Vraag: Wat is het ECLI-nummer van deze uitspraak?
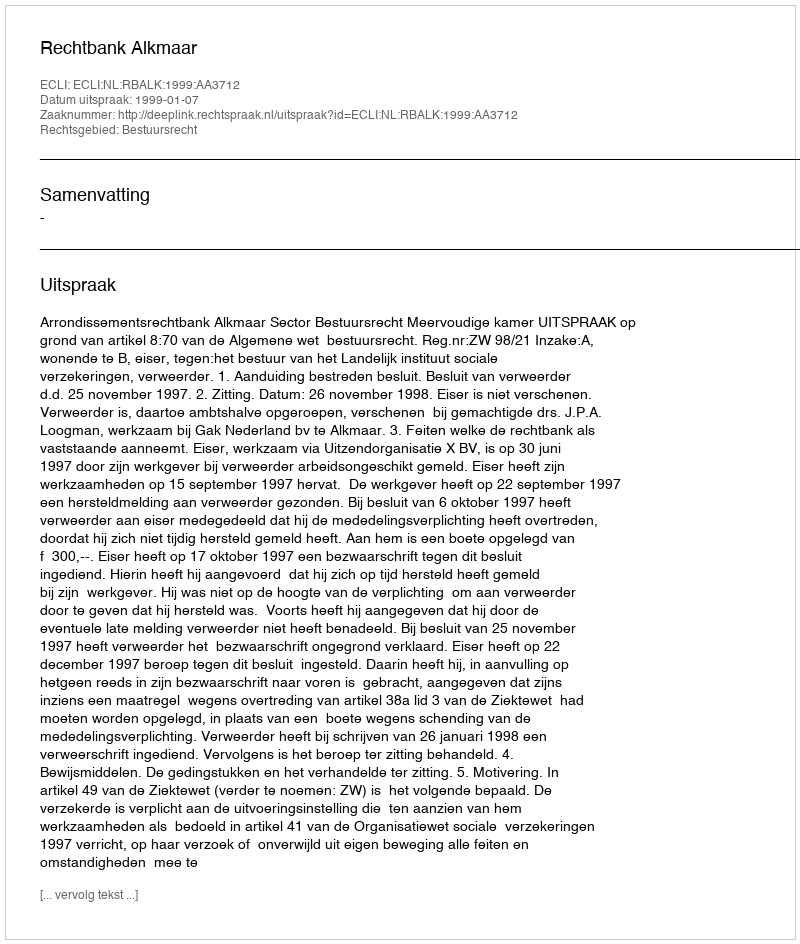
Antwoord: ECLI:NL:RBALK:1999:AA3712